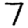
Digit: 7